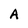
Character: A